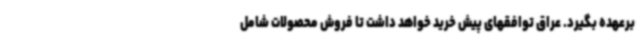
برعهده بگیرد. عراق توافقهای پیش خرید خواهد داشت تا فروش محصولات شامل